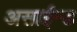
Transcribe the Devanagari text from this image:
असाईन्ड